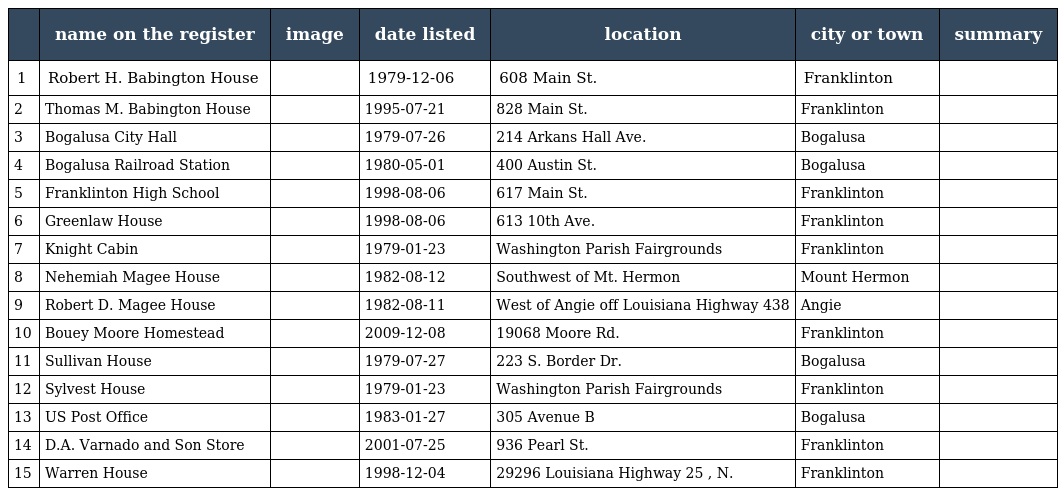
|  | name on the register | image | date listed | location | city or town | summary |
 | --- | --- | --- | --- | --- | --- | --- |
 | 1 | Robert H. Babington House |  | 1979-12-06 | 608 Main St. | Franklinton |  |
 | 2 | Thomas M. Babington House |  | 1995-07-21 | 828 Main St. | Franklinton |  |
 | 3 | Bogalusa City Hall |  | 1979-07-26 | 214 Arkans Hall Ave. | Bogalusa |  |
 | 4 | Bogalusa Railroad Station |  | 1980-05-01 | 400 Austin St. | Bogalusa |  |
 | 5 | Franklinton High School |  | 1998-08-06 | 617 Main St. | Franklinton |  |
 | 6 | Greenlaw House |  | 1998-08-06 | 613 10th Ave. | Franklinton |  |
 | 7 | Knight Cabin |  | 1979-01-23 | Washington Parish Fairgrounds | Franklinton |  |
 | 8 | Nehemiah Magee House |  | 1982-08-12 | Southwest of Mt. Hermon | Mount Hermon |  |
 | 9 | Robert D. Magee House |  | 1982-08-11 | West of Angie off Louisiana Highway 438 | Angie |  |
 | 10 | Bouey Moore Homestead |  | 2009-12-08 | 19068 Moore Rd. | Franklinton |  |
 | 11 | Sullivan House |  | 1979-07-27 | 223 S. Border Dr. | Bogalusa |  |
 | 12 | Sylvest House |  | 1979-01-23 | Washington Parish Fairgrounds | Franklinton |  |
 | 13 | US Post Office |  | 1983-01-27 | 305 Avenue B | Bogalusa |  |
 | 14 | D.A. Varnado and Son Store |  | 2001-07-25 | 936 Pearl St. | Franklinton |  |
 | 15 | Warren House |  | 1998-12-04 | 29296 Louisiana Highway 25 , N. | Franklinton |  |